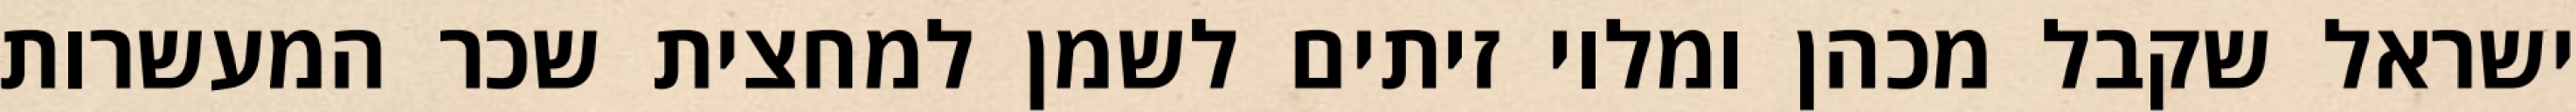
ישראל שקבל מכהן ומלוי זיתים לשמן למחצית שכר המעשרות